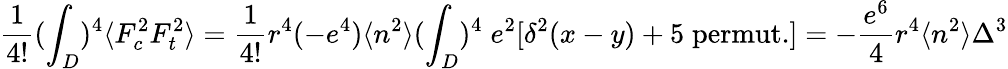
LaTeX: \frac{1}{4!}(\int_{D})^{4}\langle F_{c}^{2}F_{t}^{2}\rangle=\frac{1}{4!}r^{4}(-e^{4})\langle n^{2}\rangle(\int_{D})^{4}\; e^{2}[\delta^{2}(x-y)+5\; \mathrm{permut.}]=-\frac{e^{6}}{4}r^{4}\langle n^{2}\rangle\Delta^{3}